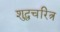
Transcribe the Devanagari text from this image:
शुद्धचरित्र